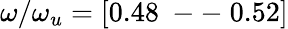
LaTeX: \omega/\omega_{u}=[0.48\mathrm{~--~}0.52]